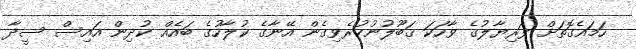
ހަމައެގޮތަށް ފަރިޔާލުގެ ވާހަކަ ޤަބޫލުނުކުރެވިގެން އޭނާގެ ކުލާހުގެ ބައެއް ކުދިން އައިސް ސީދާ